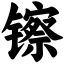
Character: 镲